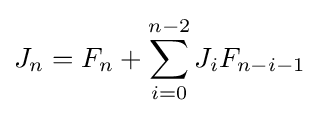
J_{n}=F_{n}+\sum _{i=0}^{n-2}J_{i}F_{n-i-1}